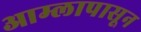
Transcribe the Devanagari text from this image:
आम्लापासून